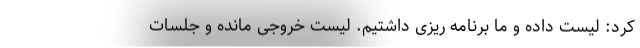
کرد: لیست داده و ما برنامه ریزی داشتیم‌. لیست خروجی مانده و جلسات